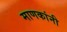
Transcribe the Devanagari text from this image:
माणकांनी